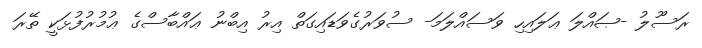
ރަސޫލު -ޞައްލަ ޢަލައިހި ވަސައްލަމަ- ސުވަރުގެވަޑައިގަތް އިރު އިބްނު ޢައްބާސްގެ ޢުމުރުފުޅަކީ ތޭރަ